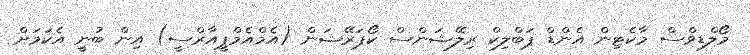
މޯލްޑިވްސް މާކެޓިން އެންޑް ޕަބްލިކް ރިލޭޝަންސް ކޯޕަރޭޝަން (އެމްއެމްޕީއާރްސީ) އިން ބުނީ އެކަމަށް